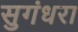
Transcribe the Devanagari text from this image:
सुगंधरा